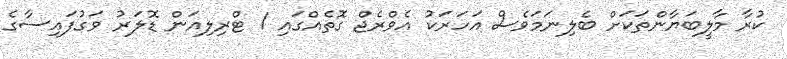
ކުރާ މާލީބަޔާންތަކަށް ބެލިނަމަވެސް އަހަރަކު އެވްރެޖް ގޮތެއްގައި 1 ޓްރިލިއަން ޑޮލަރު ވަގުފައިސާގެ